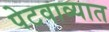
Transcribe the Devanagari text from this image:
पेटवाव्यात